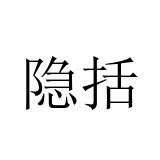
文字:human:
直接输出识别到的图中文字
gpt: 隐括